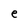
Character: e